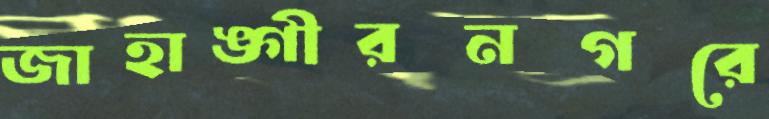
জাহাঙ্গীরনগরে